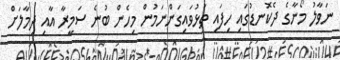
ނަވާލު މޯނާގެ ދެކޮނޑުގައި ހިފައި ތަޅުވައިގަންނަމުން މިހެން ބުނެ ސަމީރާ އާއި ދިމާލަށް